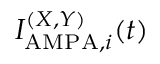
I _ { \mathrm { A M P A } , i } ^ { ( X , Y ) } ( t )